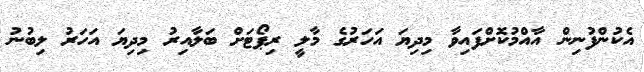
އެކުންފުނިން އާއްމުކޮށްފައިވާ މިދިޔަ އަހަރުގެ މާލީ ރިޕޯޓަށް ބަލާއިރު މިދިޔަ އަހަރު ލިބުނު